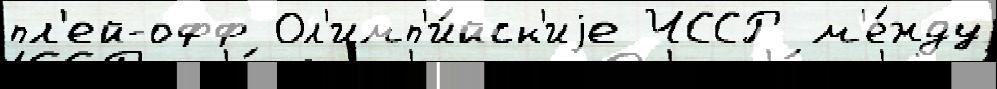
пл'ей-офф Ол'имп'и́йск'иjе ЧССР м'е́жду